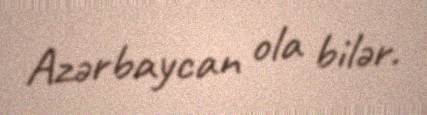
Azərbaycan ola bilər.